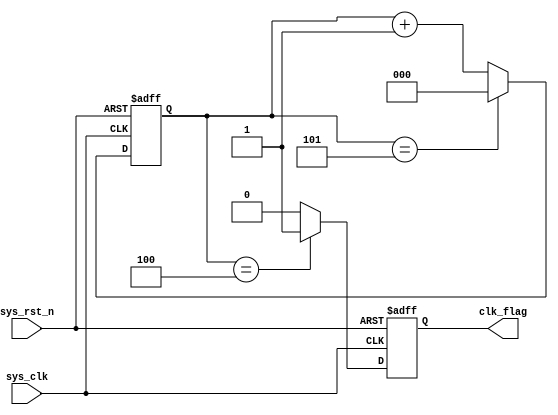
module  divider_6
(
    input   wire        sys_clk     ,
    input   wire        sys_rst_n   ,
    
    //output  reg         clk_out     //alwaysreg
    output  reg         clk_flag     //alwaysreg
);

reg     [2:0]   cnt;    //alwaysreg

/**/
/* //
always@(posedge sys_clk or negedge sys_rst_n)   //
    if(sys_rst_n == 1'b0)
        cnt <= 3'd0;
    else    if(cnt == 3'd2) //6
        cnt <= 3'd0;
    else
        cnt <= cnt + 3'd1;

//
always@(posedge sys_clk or negedge sys_rst_n)   //
    if(sys_rst_n == 1'b0)
        clk_out <= 1'b0;
    else    if(cnt == 2'd2) //6
        clk_out <= ~clk_out;
    else
        clk_out <= clk_out; */

/**/
//
always@(posedge sys_clk or negedge sys_rst_n)   //
    if(sys_rst_n == 1'b0)
        cnt <= 3'd0;
    else    if(cnt == 3'd5) //6
        cnt <= 3'd0;
    else
        cnt <= cnt + 3'd1;

//
always@(posedge sys_clk or negedge sys_rst_n)   //
    if(sys_rst_n == 1'b0)
        clk_flag <= 1'b0;
    else    if(cnt == 3'd4) //6
        clk_flag <= 1'b1;
    else
        clk_flag <= 1'b0;

endmodule